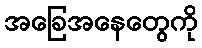
အခြေအနေတွေကို